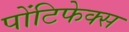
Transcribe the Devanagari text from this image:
पोंटिफेक्स